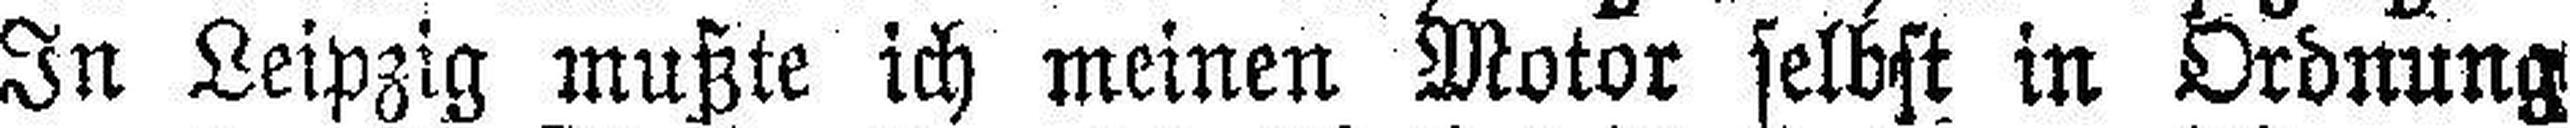
In Leipzig mußte ich meinen Motor selbst in Ordnung